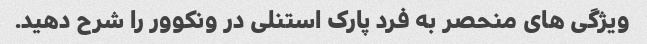
ویژگی های منحصر به فرد پارک استنلی در ونکوور را شرح دهید.